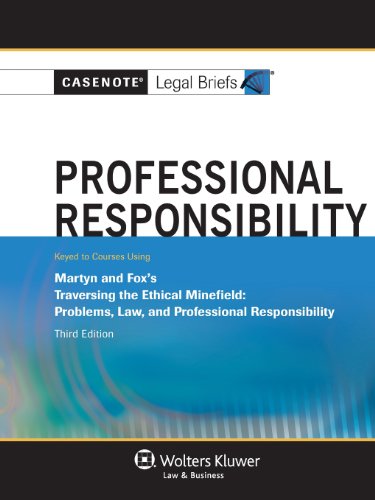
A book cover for Casenote Legal Briefs: Professional Responsibility, Keyed to Martyn & Fox, Third Edition; Casenote Legal Briefs; Law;